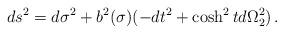
LaTeX: \begin{align*}ds^2 = d\sigma^2 + b^2(\sigma)(-dt^2 + \cosh^2t d\Omega_2^2)\,.\end{align*}